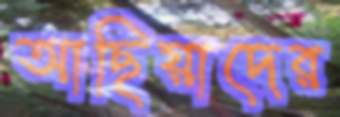
আছিয়াদের